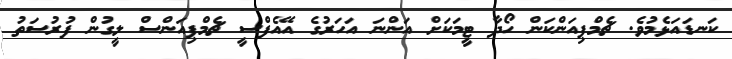
ކަނޑައަޅެމުވެ. ޗެމްޕިއަންކަން ހޯދާ ޓީމަކަށް އަންނަ އަހަރުގެ އޭއެފްސީ ޗެމްޕިއަންސް ލީގުން ފުރުސަތު